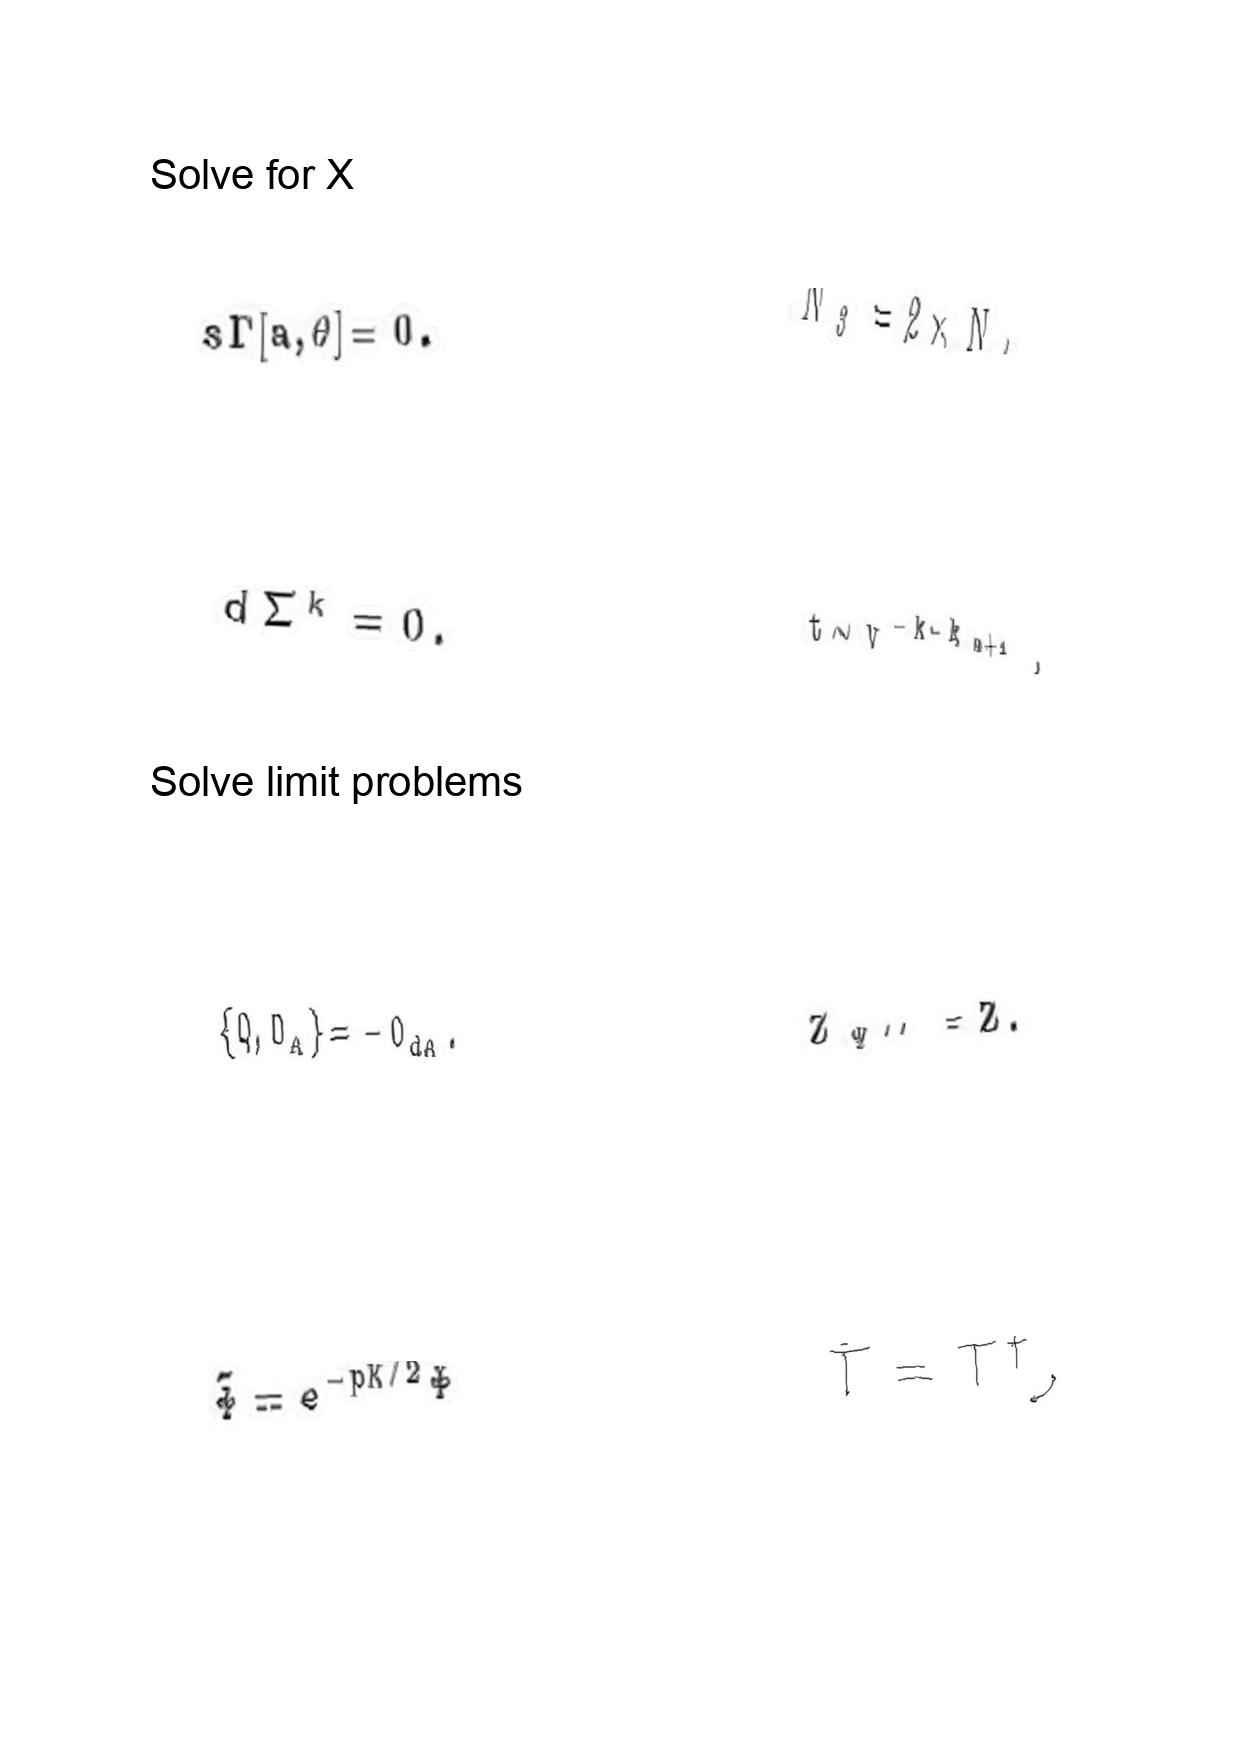
LaTeX transcription:
s \Gamma \lbrack a , \theta \rbrack = 0 .
d \Sigma ^ { k } = 0 .
\lbrace Q , O _ { A } \rbrace = - O _ { d A } .
\tilde { \Phi } = e ^ { - p K / 2 } \Phi
N _ { 3 } = 2 \times N _ { 4 }
t \sim v ^ { - k - k _ { \alpha + 1 } } ,
Z _ { \Psi ^ { \prime \prime } } = Z .
\bar { T } = T ^ { \dagger } ,